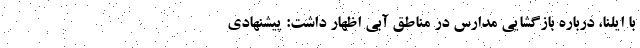
با ایلنا، درباره بازگشایی مدارس در مناطق آبی اظهار داشت: پیشنهادی